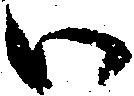
い